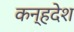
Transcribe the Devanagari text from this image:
कन्हदेश